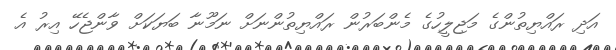
އަދި ރައްޔިތުންގެ މަޖިލީހުގެ މެންބަރުން ރައްޔިތުންނަށް ނަމޫނާ ބަޔަކަށް ވާންޖެހޭ އިރު އެ